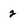
Character: 2